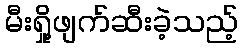
မီးရှို့ဖျက်ဆီးခဲ့သည့်